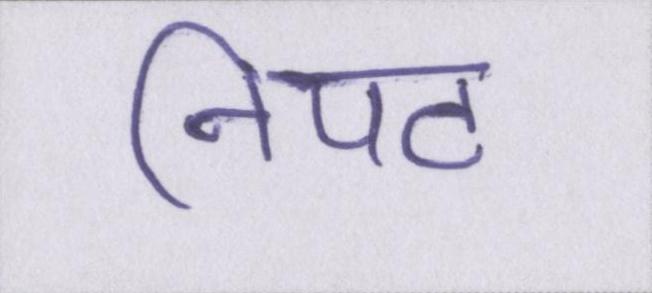
निपट